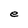
Character: e